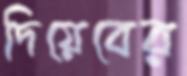
দিয়েবের